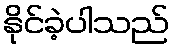
နိုင်ခဲ့ပါသည်